Punjab Mental Hospital Lahore 1922-31 - 1922-1931
Year: 1922
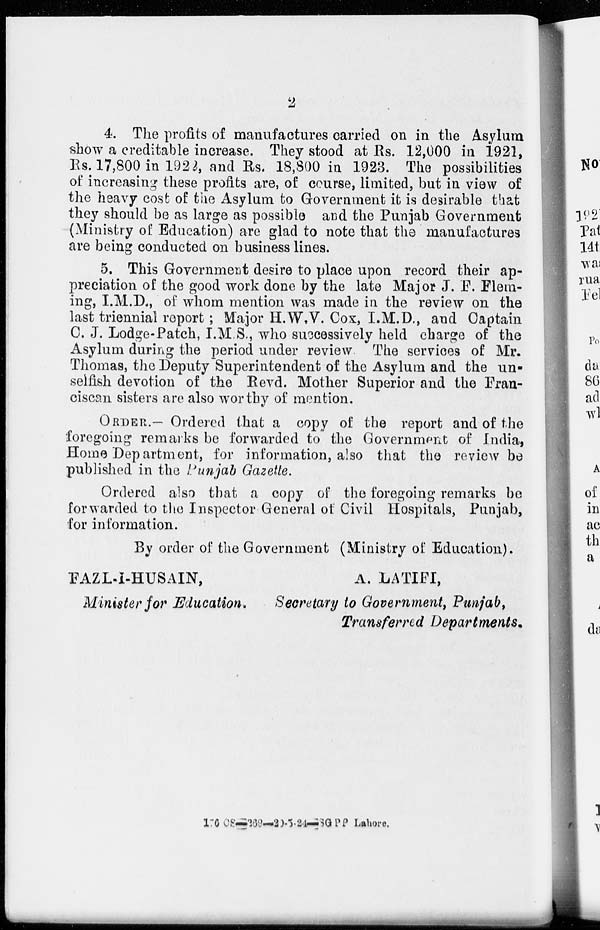
2
4. The profits of manufactures carried on in the Asylum
show a creditable increase. They stood at Rs. 12,000 in 1921,
Rs. 17,800 in 1922, and Rs. 18,800 in 1923. The possibilities
of increasing these profits are, of course, limited, but in view of
the heavy cost of the Asylum to Government it is desirable that
they should be as large as possible and the Punjab Government
(Ministry of Education) are glad to note that the manufactures
are being conducted on business lines.
5. This Government desire to place upon record their ap-
preciation of the good work done by the late Major J. F. Flem-
ing, I.M.D., of whom mention was made in the review on the
last triennial report; Major H.W.V. Cox, I.M.D., and Captain
C. J. Lodge-Patch, I.M.S., who successively held charge of the
Asylum during the period under review. The services of Mr.
Thomas, the Deputy Superintendent of the Asylum and the un-
selfish devotion of the Revd. Mother Superior and the Fran-
ciscan sisters are also worthy of mention.
ORDER.— Ordered that a copy of the report and of the
foregoing remarks be forwarded to the Government of India,
Home Department, for information, also that the review be
published in the Punjab Gazette.
Ordered also that a copy of the foregoing remarks be
forwarded to the Inspector General of Civil Hospitals, Punjab,
for information.
By order of the Government (Ministry of Education).
FAZL-I-HUSAIN,
A. LATIFI,
Minister for Education. Secretary to Government, Punjab,
Transferred Departments.